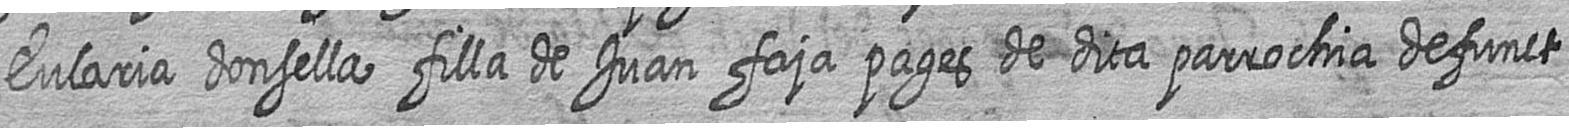
Eularia donsella filla de Juan faja pages de dita parrochia defunct